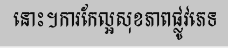
នោះ។ការកែល្អសុខភាពផ្លូវភេទ